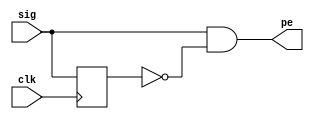
module pos_edgedetect ( input sig, input clk, output pe);          

reg   signal;                          

always @ (posedge clk) begin
    signal <= sig;
  end
 
assign pe = sig & ~signal;            
endmodule